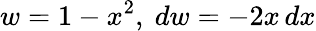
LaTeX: w=1-x^{2},\ dw=-2x\, dx